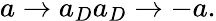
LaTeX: a\rightarrow a_{D}a_{D}\rightarrow-a.